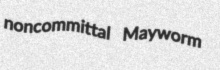
noncommittal Mayworm